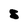
Character: S